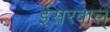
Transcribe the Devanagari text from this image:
ईसरवाल्